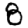
Digit: 8